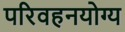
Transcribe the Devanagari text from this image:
परिवहनयोग्य